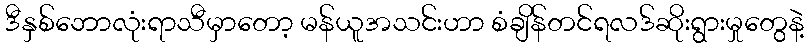
ဒီနှစ်ဘောလုံးရာသီမှာတော့ မန်ယူအသင်းဟာ စံချိန်တင်ရလဒ်ဆိုးရွားမှုတွေနဲ့